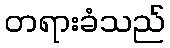
တရားခံသည်